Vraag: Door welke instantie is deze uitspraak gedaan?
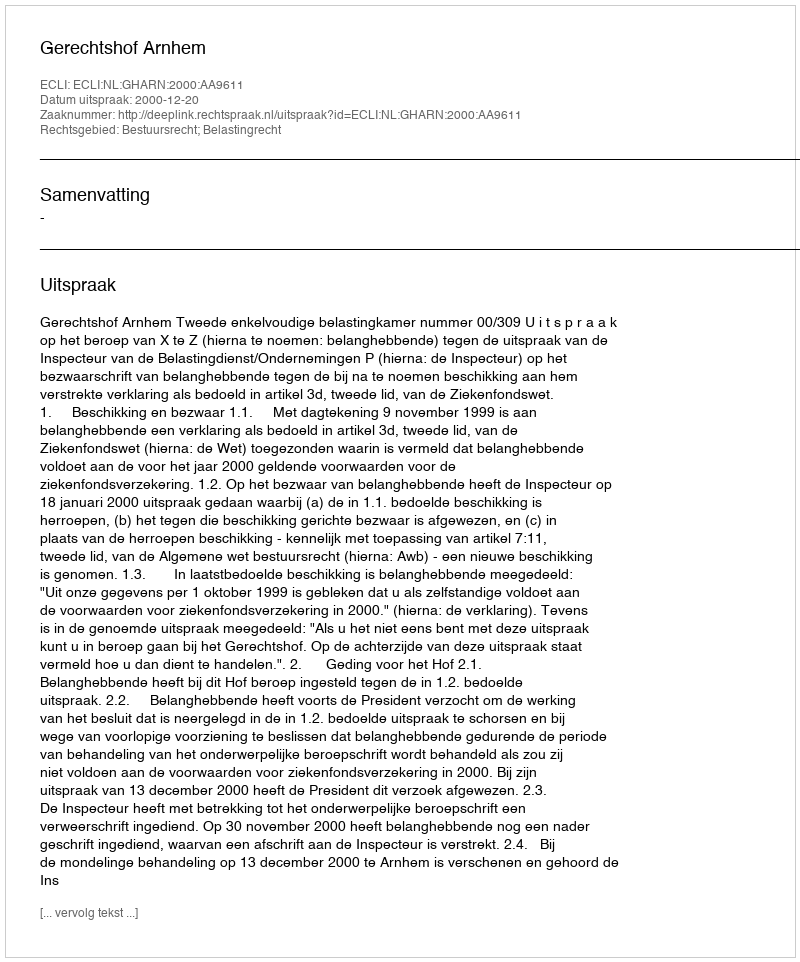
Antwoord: Gerechtshof Arnhem